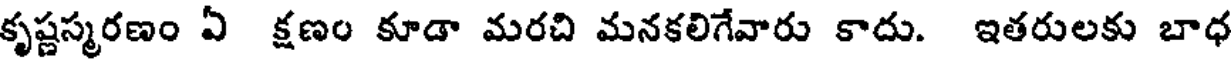
కృష్ణస్మరణం ఏ క్షణం కూడా మరచి మనకలిగేవారు కాదు. ఇతరులకు బాధ